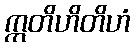
ဣတိဟိတိဟံ